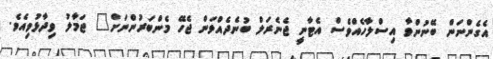
އެގެންނަން ބޭނުންވާ އިސްލާހެއްވެސް އެޓާނީ ޖެނެރަލް ބުނެދެއްވަން ޖެހޭ މެންބަރުންނަށް" ޖަމާލު ވިދާޅުވިއެވެ.